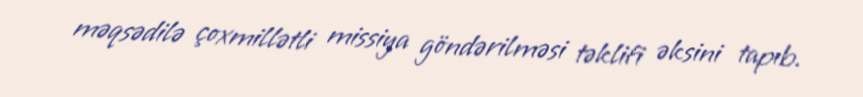
məqsədilə çoxmillətli missiya göndərilməsi təklifi əksini tapıb.